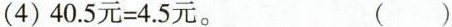
(4)$$4 0 . 5 元 = 4 . 5 元$$。 ( )